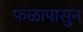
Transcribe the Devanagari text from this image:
फळापासुन